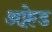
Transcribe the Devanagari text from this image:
अफ़्रेड